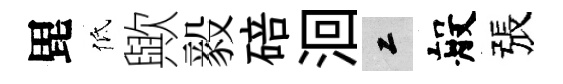
毘低歟毅碚洄工般張